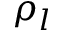
\rho _ { l }